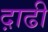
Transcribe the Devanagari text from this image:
द़ाढी